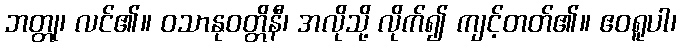
ဘတ္တု၊ လင်၏။ ဝသာနုဝတ္တိနီ၊ အလိုသို့ လိုက်၍ ကျင့်တတ်၏။ ဧဝရူပါ၊